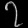
Digit: ၇